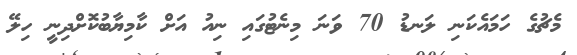
މެޗުގެ ހަމައެކަނި ލަނޑު 70 ވަނަ މިނެޓުގައި ނިއު އަށް ކާމިޔާބުކޮށްދިނީ ހިލޭ